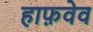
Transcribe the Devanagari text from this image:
हाफ़वेव